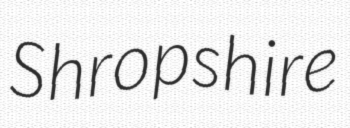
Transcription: Shropshire